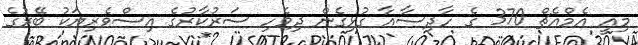
މިއީ އެމްއެޗް 370 ގެ ހާދިސާއާ ގުޅިގެން ދިވެހި ސަރުކާރުގެ އިސްވެރިޔަކު ބޭރުގެ